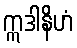
ဣဒါနိဟံ